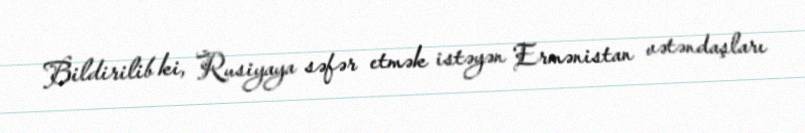
Bildirilib ki, Rusiyaya səfər etmək istəyən Ermənistan vətəndaşları